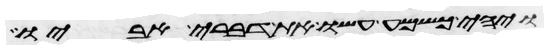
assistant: ויהי כשמע עשו את דברי אביו